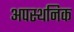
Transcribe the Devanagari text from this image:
अपस्थनिक